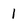
Character: 1